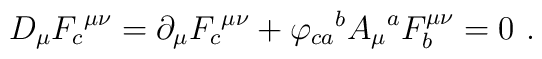
D_{\mu} {F_c}^{\mu \nu} = \partial_{\mu} {F_{c}}^{\mu \nu} +{\varphi_{ca}}^{b} {A_{\mu}}^{a} F_b^{\mu \nu} = 0~.